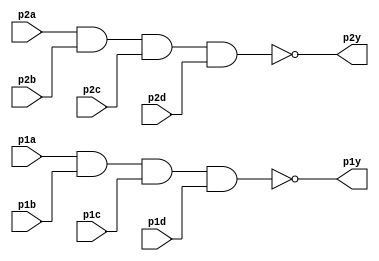
module top_module ( 
    input p1a, p1b, p1c, p1d,
    output reg p1y,
    input p2a, p2b, p2c, p2d,
    output reg p2y );
    
    always@(p1a,p1b,p1c,p1d)
    p1y<=~(p1a&p1b&p1c&p1d);
    always@(p2a,p2b,p2c,p2d)
    p2y<=~(p2a&p2b&p2c&p2d);

endmodule